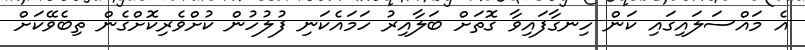
އެ މައްސަލައިގައި ކަން ހިނގާފައިވާ ގޮތަށް ބަލާއިރު ހަމައެކަނި ފުލުހުން ކުށްވެރިކޮށްގެން ތިބެވޭކަށް